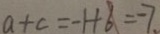
a + c = - 1 + 6 = - 7 .